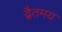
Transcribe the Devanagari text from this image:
द्वैतमय